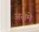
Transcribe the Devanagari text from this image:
अरामे